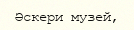
Әскери музей,